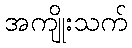
အကျိုးသက်